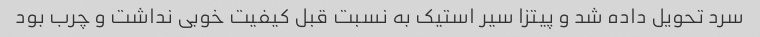
سرد تحویل داده شد و پیتزا سیر استیک به نسبت قبل کیفیت خوبی نداشت و چرب بود